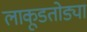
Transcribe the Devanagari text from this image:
लाकूडतोड्या